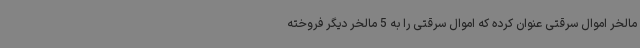
مالخر اموال سرقتی عنوان کرده که اموال سرقتی را به 5 مالخر دیگر فروخته